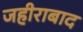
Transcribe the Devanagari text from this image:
जहीराबाद